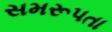
સમરૂપતા